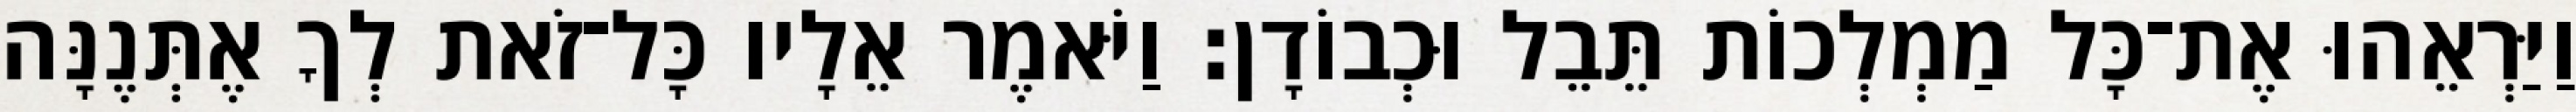
וַיַּרְאֵהוּ אֶת־כָּל מַמְלְכוֹת תֵּבֵל וּכְבוֹדָן׃ וַיֹּאמֶר אֵלָיו כָּל־זֹאת לְךָ אֶתְּנֶנָּה